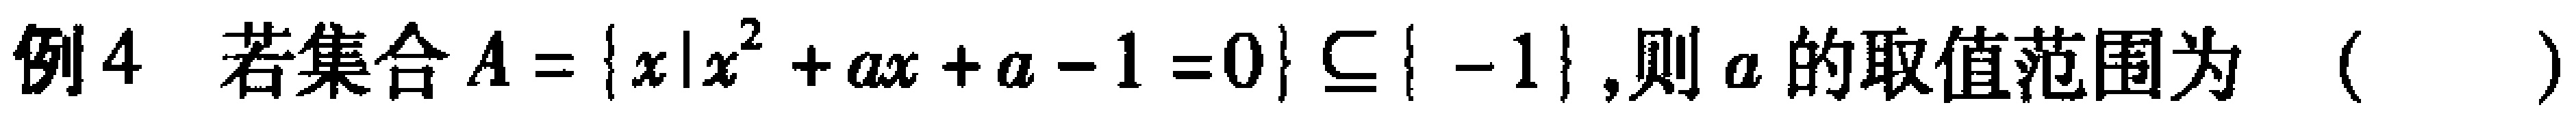
例4 若集合\(A = \{x|x^{2}+ax + a - 1 = 0\} \subseteq \{ - 1\}\),则\(a\)的取值范围为（  ）